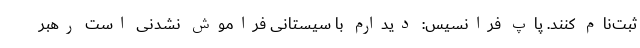
ثبت‌نام کنند. پاپ فرانسیس: دیدارم با سیستانی فراموش نشدنی است رهبر